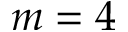
m = 4